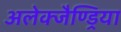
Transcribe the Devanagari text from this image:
अलेक्जैण्ड्रिया